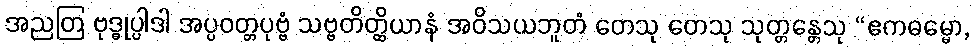
အညတြ ဗုဒ္ဓုပ္ပါဒါ အပ္ပဝတ္တပုဗ္ဗံ သဗ္ဗတိတ္ထိယာနံ အဝိသယဘူတံ တေသု တေသု သုတ္တန္တေသု “ဧကဓမ္မော,